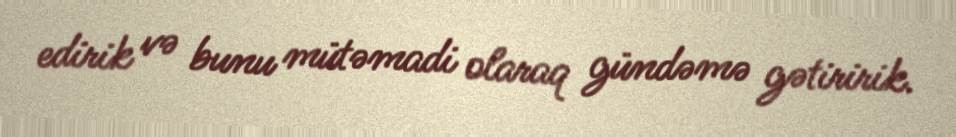
edirik və bunu mütəmadi olaraq gündəmə gətiririk.